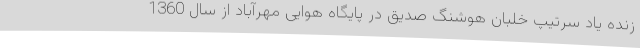
زنده یاد سرتیپ خلبان هوشنگ صدیق در پایگاه هوایی مهرآباد از سال 1360